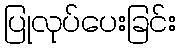
ပြုလုပ်ပေးခြင်း